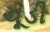
ચૂડી